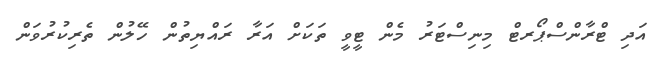
އަދި ޓްރާންސްޕޯރޓް މިނިސްޓަރު މެން ޓީވީ ތަކަށް އަރާ ރައްޔިތުން ހޭލުން ތެރިކުރުވަން